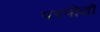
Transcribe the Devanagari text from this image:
परपोतो